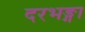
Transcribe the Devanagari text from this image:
दरभङ्गा